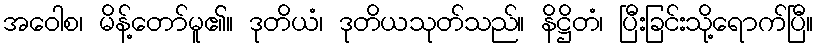
အဝေါစ၊ မိန့်တော်မူ၏။ ဒုတိယံ၊ ဒုတိယသုတ်သည်။ နိဋ္ဌိတံ၊ ပြီးခြင်းသို့ရောက်ပြီ။